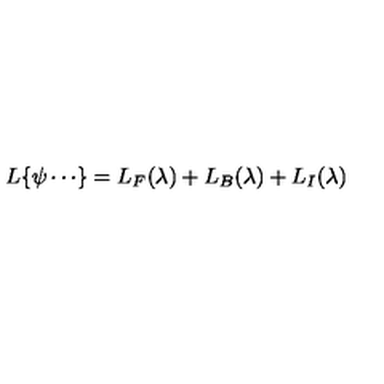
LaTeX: L \{ \psi \cdots \} = L _ { F } ( \lambda ) + L _ { B } ( \lambda ) + L _ { I } ( \lambda )